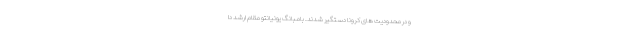
و در محدودیت های کرونا دستگیر شدند. بامبانگ یونیانتو مقام ارشد دا